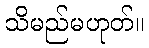
သိမည်မဟုတ်။